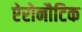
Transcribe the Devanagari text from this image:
ऐरोनौटिक